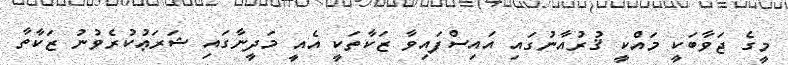
މީގެ ޖަވާބަކީ މައްކީ ޤުރުއާނުގައި އައިސްފައިވާ ޒަކާތަކީ އެއީ މަދީނާގައި ޝަރަޢުކުރެވުނު ޒަކާތާ